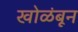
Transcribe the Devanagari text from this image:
खोळंबून